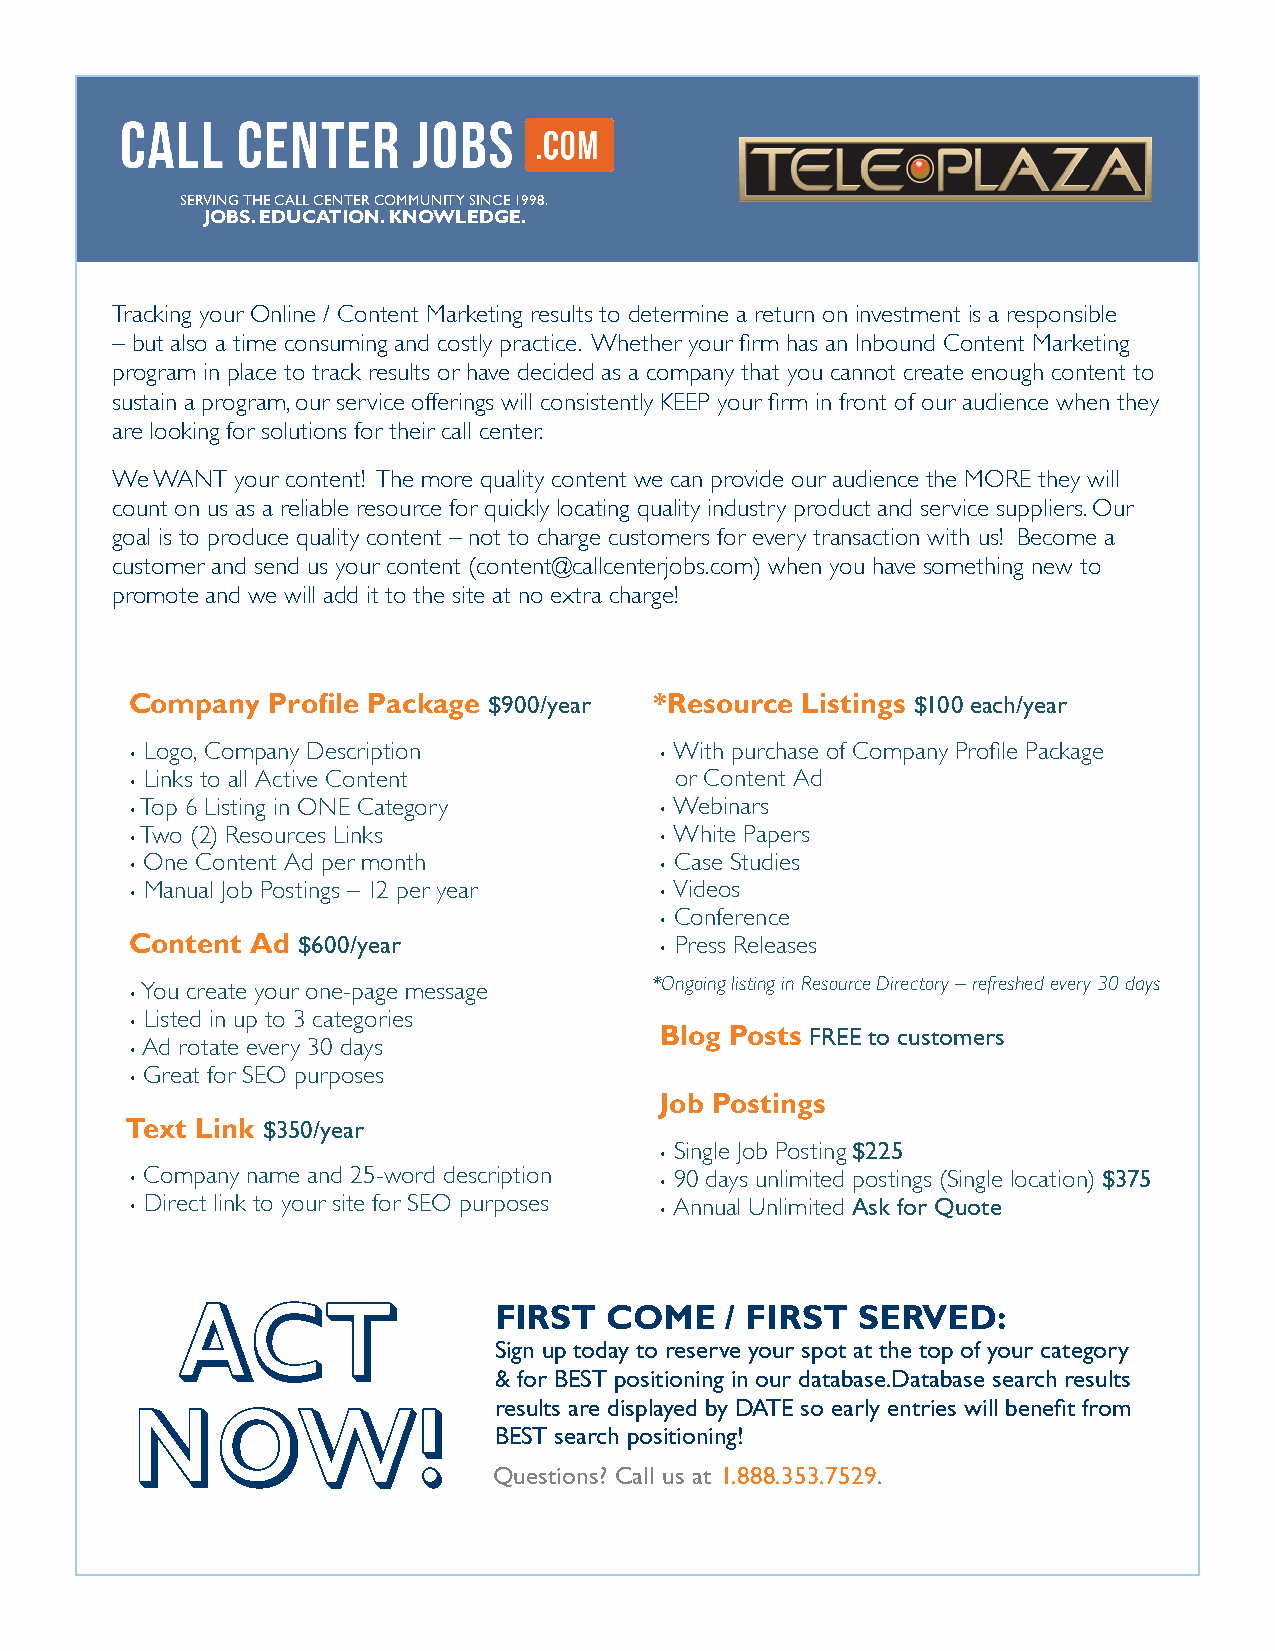
SERVING THE CALL CENTER COMMUNITY SINCE 1998.
 JOBS. EDUCATION. KNOWLEDGE.
 Tracking your Online / Content Marketing results to determine a return on investment is a responsible
 – but also a time consuming and costly practice. Whether your firm has an Inbound Content Marketing
 program in place to track results or have decided as a company that you cannot create enough content to
 sustain a program, our service offerings will consistently KEEP your firm in front of our audience when they
 are looking for solutions for their call center.
 We WANT  your content! The more quality content we can provide our audience the MORE they will
 count on us as a reliable resource for quickly locating quality industry product and service suppliers. Our
 goal is to produce quality content – not to charge customers for every transaction with us! Become a
 customer and send us your content (content@callcenterjobs.com) when you have something new to
 promote and we will add it to the site at no extra charge!
 Company  Profile Package $900/year *Resource Listings $100 each/year
 Logo, Company Description          With purchase of Company Profile Package
 •                                  •
 Links to all Active Content        or Content Ad
 •
 Top 6 Listing in ONE Category       Webinars
 •                                  •
 Two (2) Resources Links             White Papers
 •                                  •
 One Content Ad per month            Case Studies
 •                                  •
 Manual Job Postings – 12 per year  Videos
 •                                  •
 Conference
 •
 Content Ad $600/year                Press Releases
 •
 You create your one-page message  *Ongoing listing in Resource Directory – refreshed every 30 days
 •
 Listed in up to 3 categories
 •
 Blog Posts FREE to customers
 Ad rotate every 30 days
 •
 Great for SEO purposes
 •
 Job Postings
 Text Link $350/year
 •
 Single Job Posting $225
 • Company name and 25-word description • 90 days unlimited postings (Single location) $375
 • Direct link to your site for SEO purposes • Annual Unlimited Ask for Quote
 ACT                  FIRST  COME    / FIRST  SERVED:
 Sign up today to reserve your spot at the top of your category
 & for BEST positioning in our database.Database search results
 results are displayed by DATE so early entries will benefit from
 NOW!
 BEST search positioning!
 Questions? Call us at 1.888.353.7529.